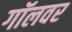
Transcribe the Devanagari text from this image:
गॉलवर